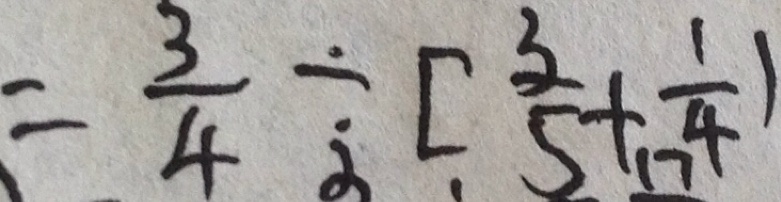
= \frac { 3 } { 4 } \div [ \frac { 3 } { 5 } + \frac { 1 } { 4 } )